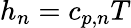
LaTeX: h_{n}=c_{p,n}T